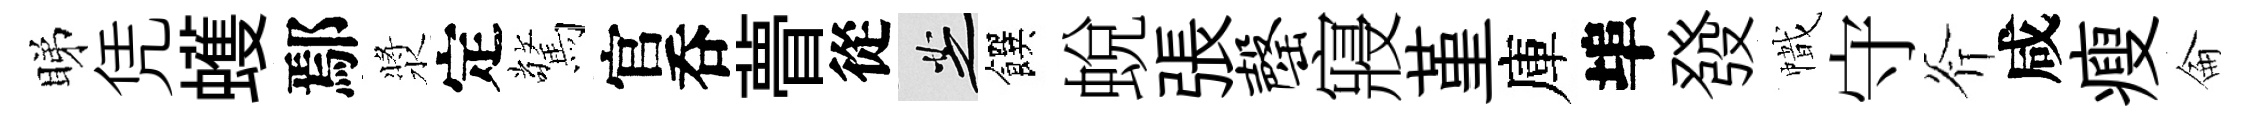
睇凭蠖鄢漿定驚官呑瞢從芝饌蛻張罄寢堇庫埠發幟守斧咸瘦侖